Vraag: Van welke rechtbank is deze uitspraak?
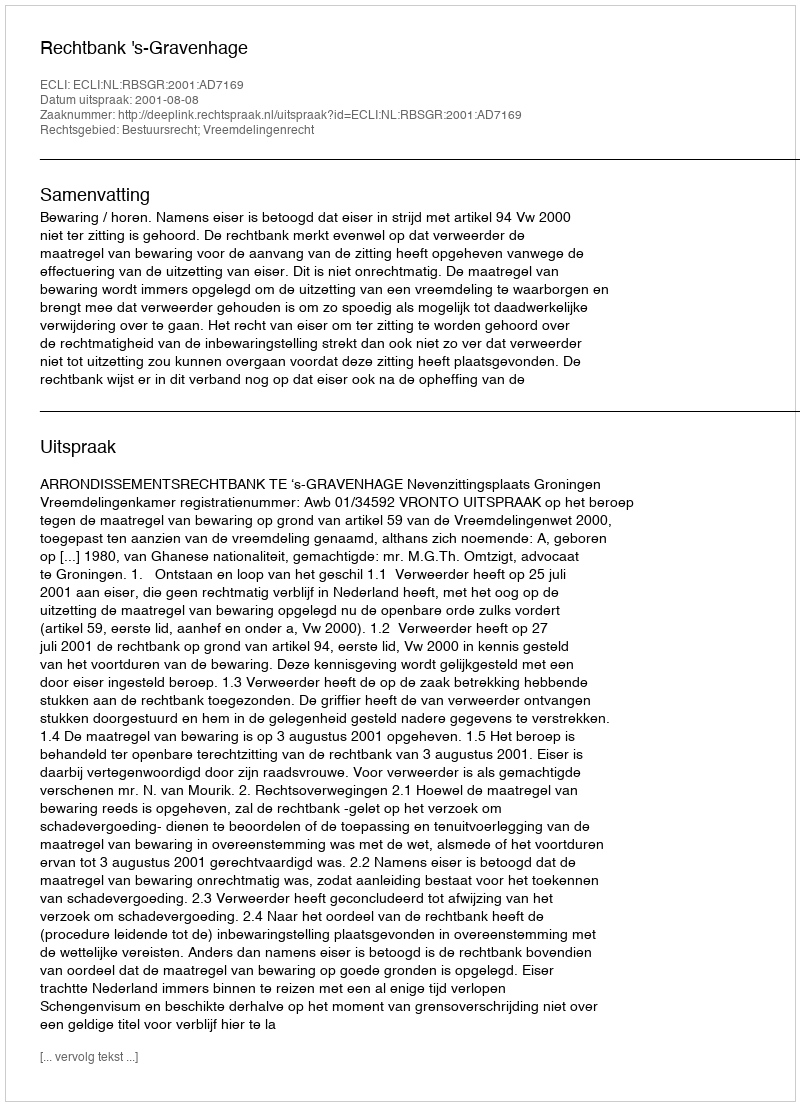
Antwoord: Rechtbank 's-Gravenhage